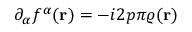
\partial _ { \alpha } f ^ { \alpha } ( { \bf r } ) = - i 2 p \pi \varrho ( { \bf r } )